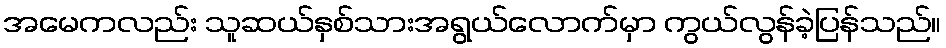
အမေကလည်း သူဆယ်နှစ်သားအရွယ်လောက်မှာ ကွယ်လွန်ခဲ့ပြန်သည်။